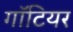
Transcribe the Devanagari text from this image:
गॉटियर